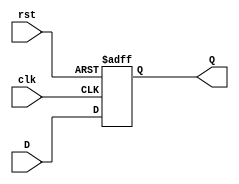
`timescale 1ns / 1ps
//////////////////////////////////////////////////////////////////////////////////
// Company: 
// Engineer: 
// 
// Design Name: 
// Module Name: Flip_FlopD
// Project Name: 
// Target Devices: 
// Tool Versions: 
// Description: 
// 
// Dependencies: 
// 
// Revision:
// Revision 0.01 - File Created
// Additional Comments:
// 
//////////////////////////////////////////////////////////////////////////////////


module FlipFlopD(
    input D, clk,rst,
    output reg Q);
    
always @ (posedge(clk), posedge(rst))
begin
    if (rst == 1)
        Q <= 1'b0;
    else
            Q <= D;
end
endmodule